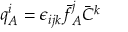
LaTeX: q _ { A } ^ { i } = \epsilon _ { i j k } \bar { f } _ { A } ^ { j } \bar { C } ^ { k }